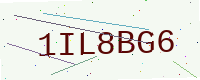
Text: 1IL8BG6